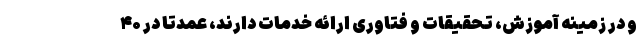
و در زمینه آموزش، تحقیقات و فتاوری ارائه خدمات دارند، عمدتا در ۴۰